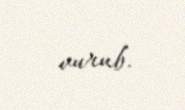
vurub.